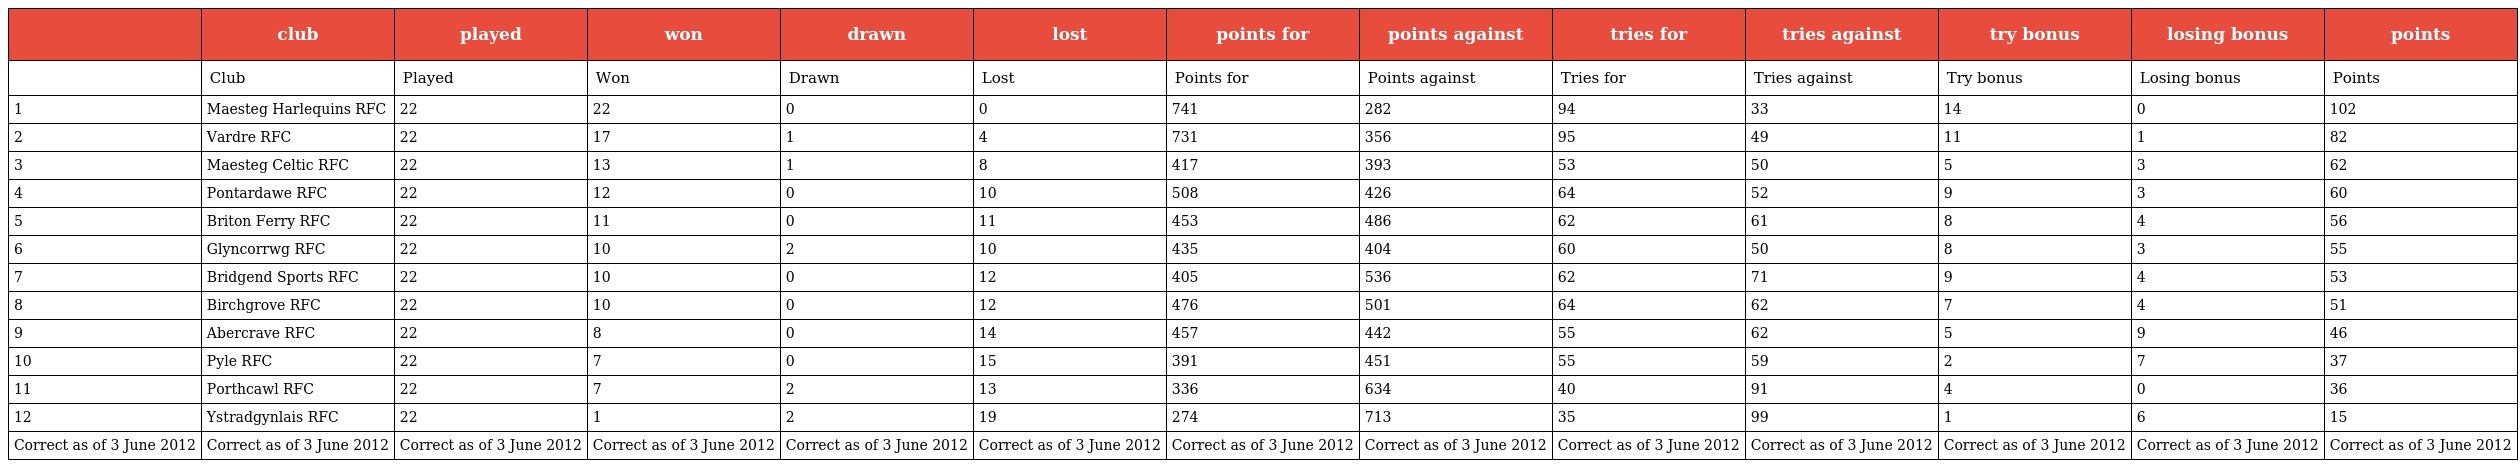
|  | club | played | won | drawn | lost | points for | points against | tries for | tries against | try bonus | losing bonus | points |
 | --- | --- | --- | --- | --- | --- | --- | --- | --- | --- | --- | --- | --- |
 |  | Club | Played | Won | Drawn | Lost | Points for | Points against | Tries for | Tries against | Try bonus | Losing bonus | Points |
 | 1 | Maesteg Harlequins RFC | 22 | 22 | 0 | 0 | 741 | 282 | 94 | 33 | 14 | 0 | 102 |
 | 2 | Vardre RFC | 22 | 17 | 1 | 4 | 731 | 356 | 95 | 49 | 11 | 1 | 82 |
 | 3 | Maesteg Celtic RFC | 22 | 13 | 1 | 8 | 417 | 393 | 53 | 50 | 5 | 3 | 62 |
 | 4 | Pontardawe RFC | 22 | 12 | 0 | 10 | 508 | 426 | 64 | 52 | 9 | 3 | 60 |
 | 5 | Briton Ferry RFC | 22 | 11 | 0 | 11 | 453 | 486 | 62 | 61 | 8 | 4 | 56 |
 | 6 | Glyncorrwg RFC | 22 | 10 | 2 | 10 | 435 | 404 | 60 | 50 | 8 | 3 | 55 |
 | 7 | Bridgend Sports RFC | 22 | 10 | 0 | 12 | 405 | 536 | 62 | 71 | 9 | 4 | 53 |
 | 8 | Birchgrove RFC | 22 | 10 | 0 | 12 | 476 | 501 | 64 | 62 | 7 | 4 | 51 |
 | 9 | Abercrave RFC | 22 | 8 | 0 | 14 | 457 | 442 | 55 | 62 | 5 | 9 | 46 |
 | 10 | Pyle RFC | 22 | 7 | 0 | 15 | 391 | 451 | 55 | 59 | 2 | 7 | 37 |
 | 11 | Porthcawl RFC | 22 | 7 | 2 | 13 | 336 | 634 | 40 | 91 | 4 | 0 | 36 |
 | 12 | Ystradgynlais RFC | 22 | 1 | 2 | 19 | 274 | 713 | 35 | 99 | 1 | 6 | 15 |
 | Correct as of 3 June 2012 | Correct as of 3 June 2012 | Correct as of 3 June 2012 | Correct as of 3 June 2012 | Correct as of 3 June 2012 | Correct as of 3 June 2012 | Correct as of 3 June 2012 | Correct as of 3 June 2012 | Correct as of 3 June 2012 | Correct as of 3 June 2012 | Correct as of 3 June 2012 | Correct as of 3 June 2012 | Correct as of 3 June 2012 |